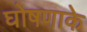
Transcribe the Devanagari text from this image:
घोषणाके